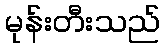
မုန်းတီးသည်